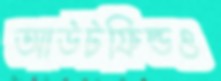
আউটফিল্ডও